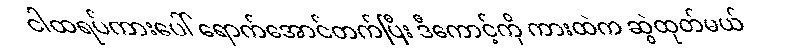
ငါထရပ်ကားပေါ် ရောက်အောင်တက်ပြီး ဒီကောင့်ကို ကားထဲက ဆွဲထုတ်မယ်